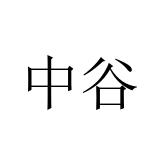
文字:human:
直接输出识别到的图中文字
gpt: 中谷